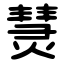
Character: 熭